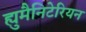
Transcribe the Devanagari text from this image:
ह्युमैनिटेरियन